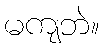
မကျဘဲ။